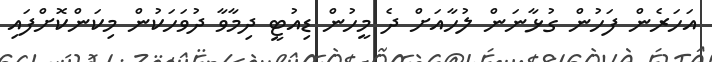
އަހަރެން ފަހުން ގުޅާނަން ލުހާއަށް ދެ މީހުން ޑިއުޓީ ދިމާވާ ދުވަހަކުން މިކަންކޮށްފައި